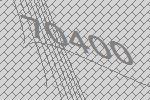
70400